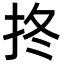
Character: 𢫝